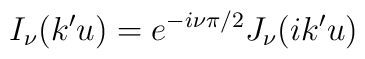
I_{\nu }(k'u)=e^{-i\nu \pi /2}J_{\nu }(ik'u)